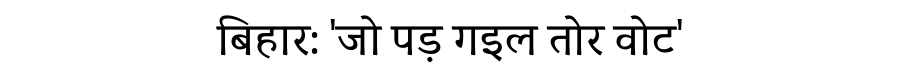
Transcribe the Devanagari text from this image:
बिहार: 'जो पड़ गइल तोर वोट'